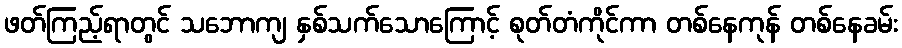
ဖတ်ကြည့်ရာတွင် သဘောကျ နှစ်သက်သောကြောင့် စုတ်တံကိုင်ကာ တစ်နေကုန် တစ်နေခမ်း